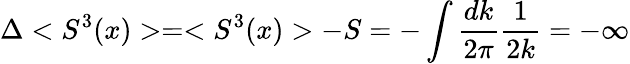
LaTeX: \Delta<S^{3}(x)>=<S^{3}(x)>-S=-\int\frac{dk}{2\pi}\frac{1}{2k}=-\infty